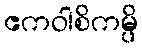
ဧကဝါစိကမ္ပိ